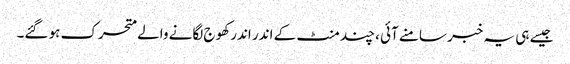
جیسے ہی یہ خبر سامنے آئی ، چند منٹ کے اندر اندر کھوج لگانے والے متحرک ہو گئے۔